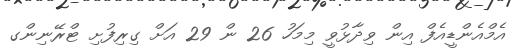
އެމްއެންޑީއެފް އިން ވިދާޅުވީ މިމަހު 26 ން 29 އަށް ގިރިފުށި ޓްރޭނިންގ